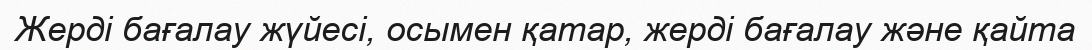
Жерді бағалау жүйесі, осымен қатар, жерді бағалау және қайта